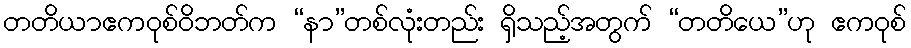
တတိယာဧကဝုစ်ဝိဘတ်က “နာ”တစ်လုံးတည်း ရှိသည့်အတွက် “တတိယေ”ဟု ဧကဝုစ်